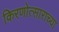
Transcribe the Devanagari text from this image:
किरणोत्साराच्या